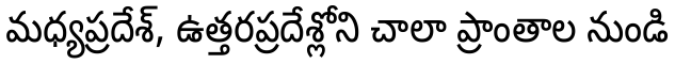
మధ్యప్రదేశ్, ఉత్తరప్రదేశ్లోని చాలా ప్రాంతాల నుండి